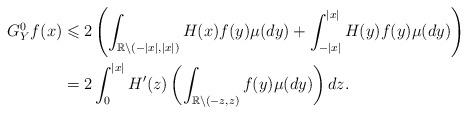
LaTeX: \begin{align*}G_Y^0f(x)&\leqslant2 \left(\int_{\mathbb{R}\setminus(-|x|,|x|)} H(x)f(y)\mu(d y)+\int_{-|x|}^{|x|} H(y)f(y)\mu(d y)\right)\\&=2\int_{0}^{|x|} H'(z)\left(\int_{\mathbb{R}\setminus(-z,z)} f(y)\mu(d y)\right)d z.\\\end{align*}